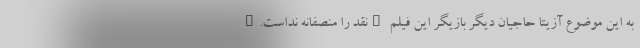
به این موضوع آزیتا حاجیان دیگر بازیگر این فیلم "نقد را منصفانه نداست."